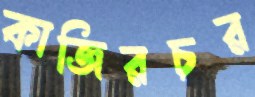
কাজিরচর